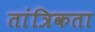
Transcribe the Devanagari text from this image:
तांत्रिकता